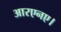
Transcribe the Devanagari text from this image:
आरएनए।